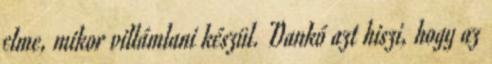
elme, mikor villámlani készül. Dankó azt hiszi, hogy az